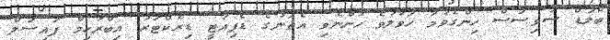
ބްލަޑް ސާވިސަސް ހިންގެވުމާ ހަވާލުވެ ހުންނެވި އެތަނުގެ ޑެޕިއުޓީ ޑިރެކްޓަރު އިބްރާހިމް ފައިސަލް